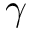
\gamma